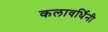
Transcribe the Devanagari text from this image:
कलावर्धिनी